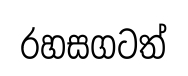
රහසගටත්